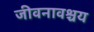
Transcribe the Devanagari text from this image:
जीवनावश्चय